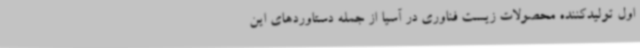
اول تولیدکننده محصولات‌ زیست فناوری در آسیا از جمله دستاوردهای این